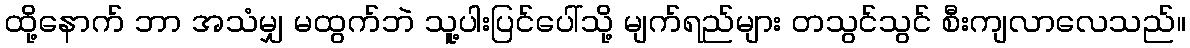
ထို့နောက် ဘာ အသံမျှ မထွက်ဘဲ သူ့ပါးပြင်ပေါ်သို့ မျက်ရည်များ တသွင်သွင် စီးကျလာလေသည်။